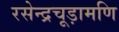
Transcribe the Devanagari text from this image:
रसेन्द्रचूड़ामणि